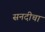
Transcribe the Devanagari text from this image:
सनदीचा